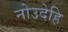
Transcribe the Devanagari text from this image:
नोउदेहि